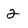
Character: 2